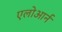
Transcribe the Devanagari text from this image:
एलोआर्न